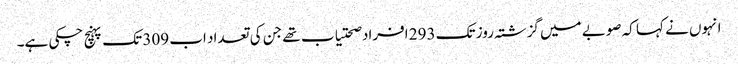
انہوں نے کہا کہ صوبے میں گزشتہ روز تک 293 افراد صحتیاب تھے جن کی تعداد اب 309 تک پہنچ چکی ہے۔